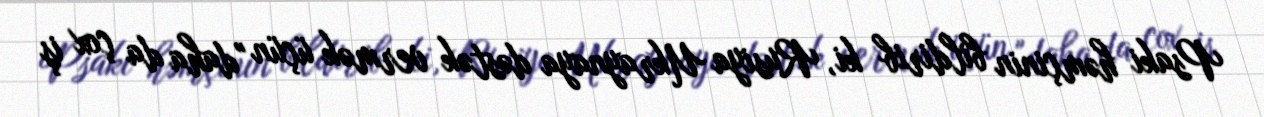
Psaki həmçinin bildirib ki, Rusiya Ukraynaya dəstək vermək üçün "daha da çox iş